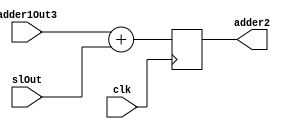
`timescale 1ns / 1ps
//////////////////////////////////////////////////////////////////////////////////
// Company: 
// Engineer: 
// 
// Design Name: 
// Module Name:    adder 
// Project Name: 
// Target Devices: 
// Tool versions: 
// Description: 
//
// Dependencies: 
//
// Revision: 
// Revision 0.01 - File Created
// Additional Comments: 
//
//////////////////////////////////////////////////////////////////////////////////
module adder(
    input clk,
    input [15:0] adder1Out3,
    input [15:0] slOut,
    output reg [15:0] adder2
    );
	 
	 always@(posedge clk)
		begin
			adder2 <= adder1Out3 + slOut;
		end


endmodule